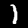
Digit: 1